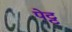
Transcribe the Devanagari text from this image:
पेट्ट